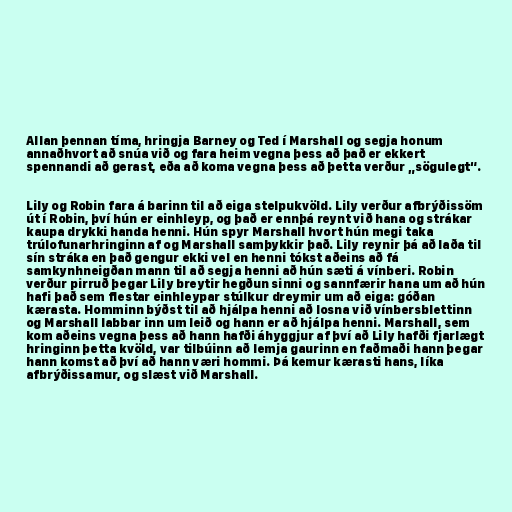
Allan þennan tíma, hringja Barney og Ted í Marshall og segja honum
annaðhvort að snúa við og fara heim vegna þess að það er ekkert
spennandi að gerast, eða að koma vegna þess að þetta verður „sögulegt“.

Lily og Robin fara á barinn til að eiga stelpukvöld. Lily verður afbrýðissöm
út í Robin, því hún er einhleyp, og það er ennþá reynt við hana og strákar
kaupa drykki handa henni. Hún spyr Marshall hvort hún megi taka
trúlofunarhringinn af og Marshall samþykkir það. Lily reynir þá að laða til
sín stráka en það gengur ekki vel en henni tókst aðeins að fá
samkynhneigðan mann til að segja henni að hún sæti á vínberi. Robin
verður pirruð þegar Lily breytir hegðun sinni og sannfærir hana um að hún
hafi það sem flestar einhleypar stúlkur dreymir um að eiga: góðan
kærasta. Homminn býðst til að hjálpa henni að losna við vínbersblettinn
og Marshall labbar inn um leið og hann er að hjálpa henni. Marshall, sem
kom aðeins vegna þess að hann hafði áhyggjur af því að Lily hafði fjarlægt
hringinn þetta kvöld, var tilbúinn að lemja gaurinn en faðmaði hann þegar
hann komst að því að hann væri hommi. Þá kemur kærasti hans, líka
afbrýðissamur, og slæst við Marshall.